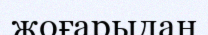
жоғарыдан